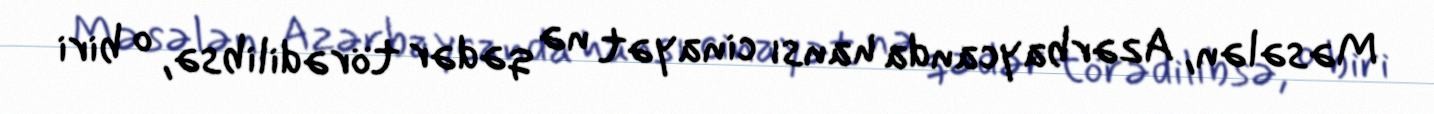
Məsələn, Azərbaycanda hansı cinayət nə qədər törədilibsə, o biri